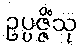
ဥပ္ပဇ္ဇိံသု